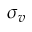
\sigma _ { v }